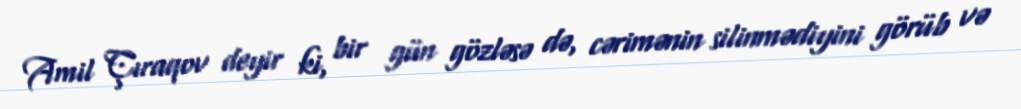
Amil Çıraqov deyir ki, bir gün gözləsə də, cərimənin silinmədiyini görüb və